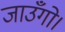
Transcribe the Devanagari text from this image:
जाउँगो।